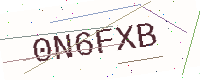
Text: 0N6FXB